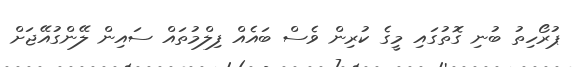
ޕުރޯހިތު ބުނި ގޮތުގައި މީގެ ކުރިން ވެސް ބައެއް ފިލްމުތައް ސައިން ލޭންގުއޭޖަށް